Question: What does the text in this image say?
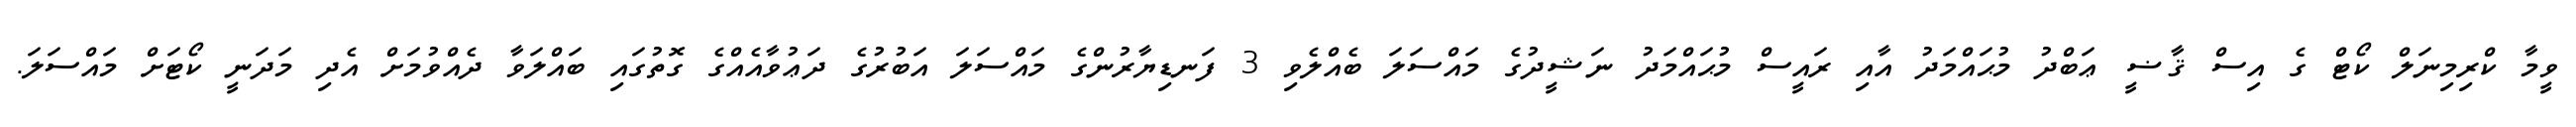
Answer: ވީމާ ކްރިމިނަލް ކޯޓް ގެ އިސް ޤާޟީ ޢަބްދު މުޙައްމަދު އާއި ރައީސް މުޙައްމަދު ނަޝީދުގެ މައްސަލަ ބެއްލެވި 3 ފަނޑިޔާރުންގެ މައްސަލަ އަބުރުގެ ދަޢުވާއެއްގެ ގޮތުގައި ބައްލަވާ ދެއްވުމަށް އެދި މަދަނީ ކޯޓަށް މައްސަލަ.